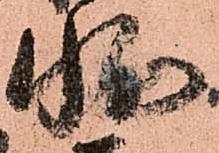
状